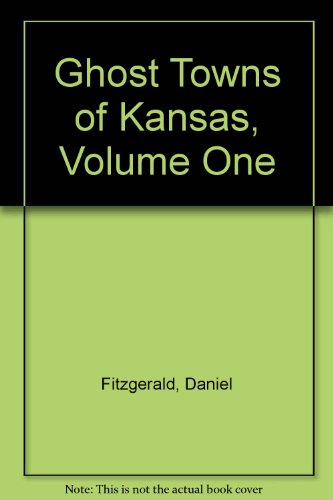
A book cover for Ghost towns of Kansas; Daniel Fitzgerald; Travel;